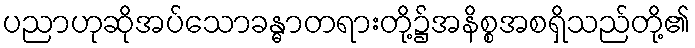
ပညာဟုဆိုအပ်သောခန္ဓာတရားတို့၌အနိစ္စအစရှိသည်တို့၏